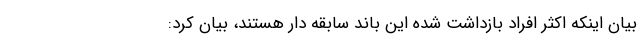
بیان اینکه اکثر افراد بازداشت شده این باند سابقه دار هستند، بیان کرد: